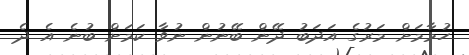
ހުމާމަށް މަރުގެ އަދަބު ދޭން ބޭނުން ނުވާ ކަމަށް ބުނެ އެ ދެ